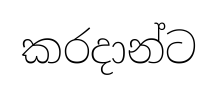
කරදාන්ට